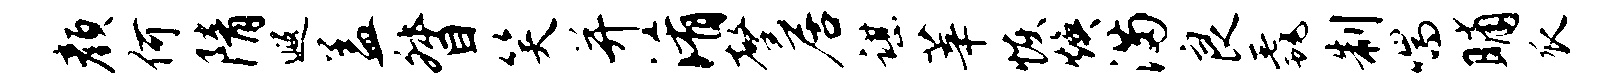
颜何隋遐盖督笑并淆馨居谌莘恢焕满良毳制喘晡瓜